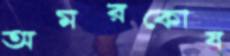
অমরকোষ